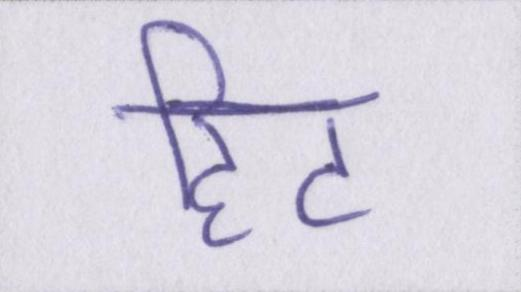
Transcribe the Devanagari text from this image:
हिट